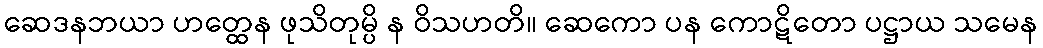
ဆေဒနဘယာ ဟတ္ထေန ဖုသိတုမ္ပိ န ဝိသဟတိ။ ဆေကော ပန ကောဋိတော ပဋ္ဌာယ သမေန